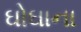
ઘોઘાના